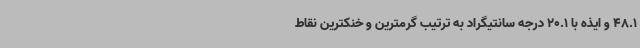
48.1 و ایذه با 20.1 درجه سانتیگراد به ترتیب گرمترین و خنکترین نقاط